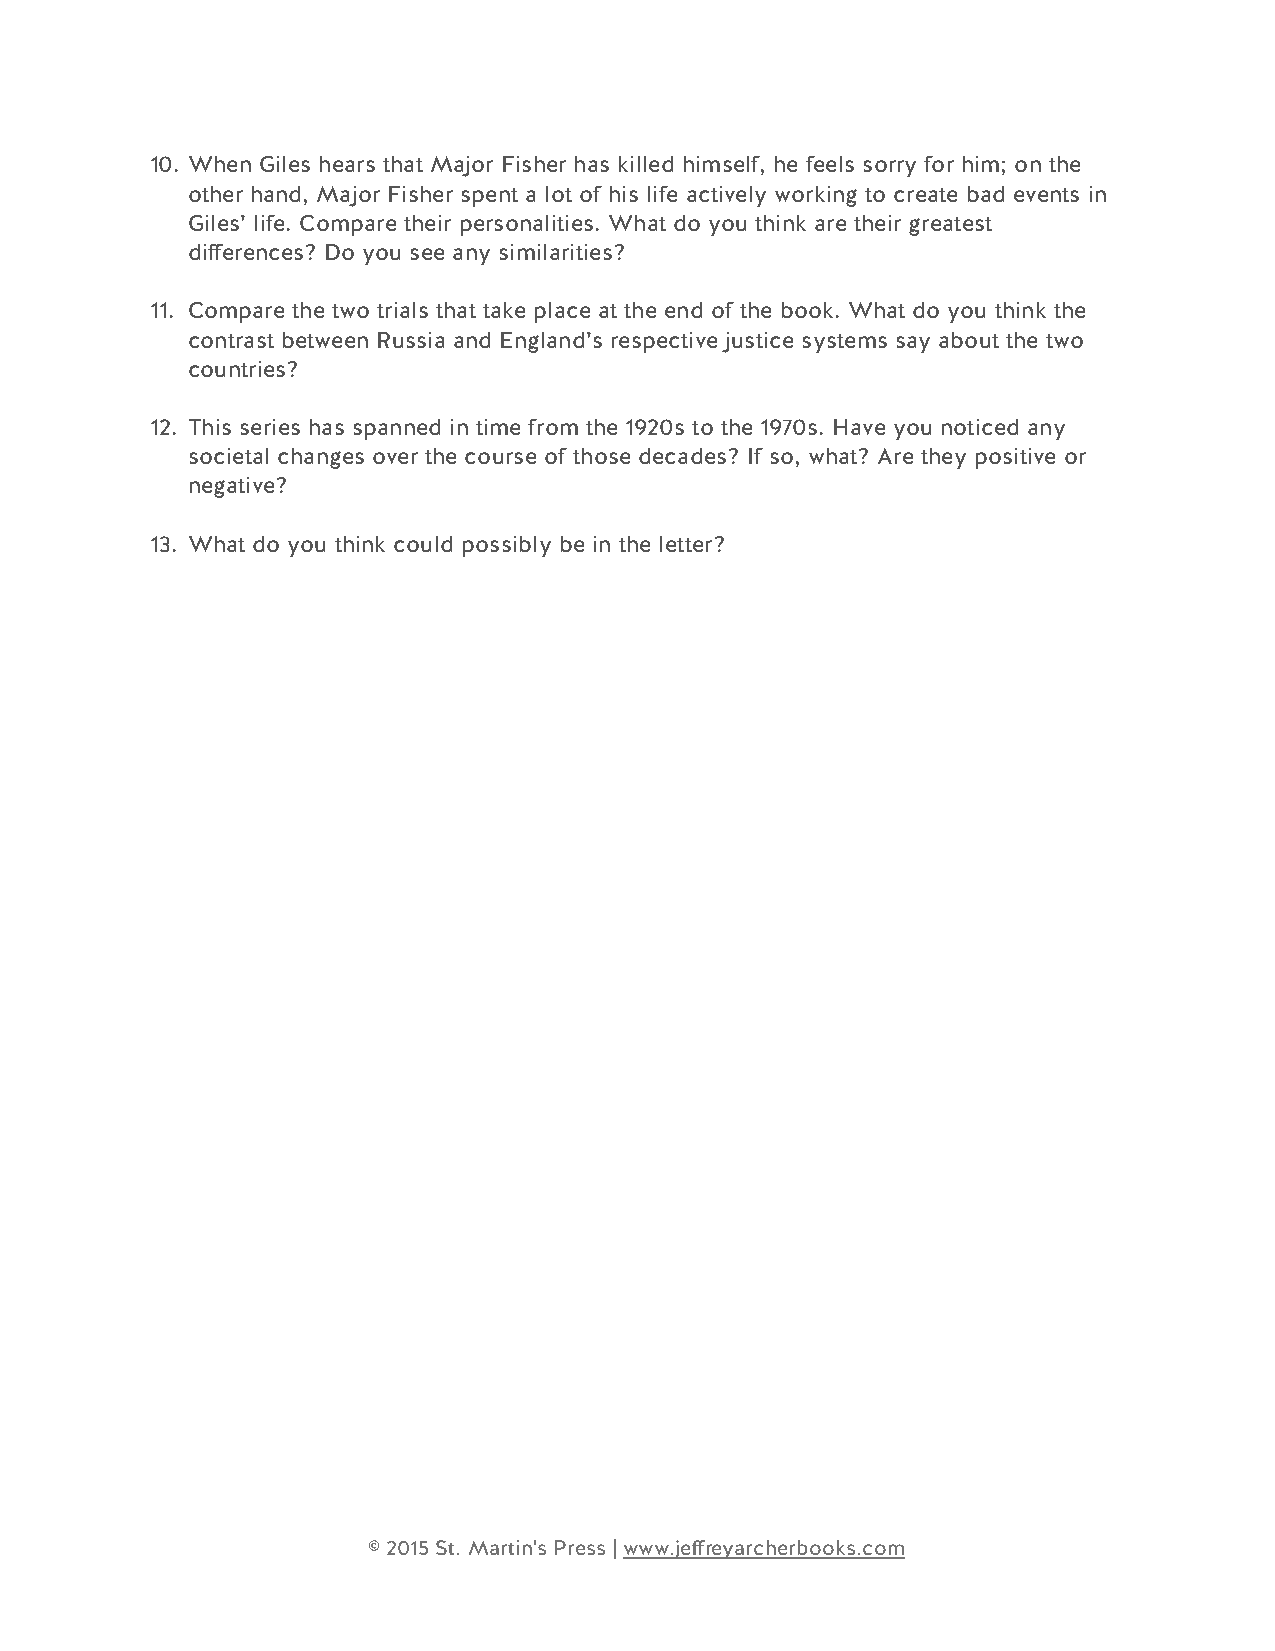
10. When Giles hears that Major Fisher has killed himself, he feels sorry for him; on the
 other hand, Major Fisher spent a lot of his life actively working to create bad events in
 Giles’ life. Compare their personalities. What do you think are their greatest
 ! differences? Do you see any similarities?
 11. Compare the two trials that take place at the end of the book. What do you think the
 contrast between Russia and England’s respective justice systems say about the two
 ! countries?
 12. This series has spanned in time from the 1920s to the 1970s. Have you noticed any
 societal changes over the course of those decades? If so, what? Are they positive or
 ! negative?
 13. What do you think could possibly be in the letter?
 © 2015 St. Martin's Press | www.jeffreyarcherbooks.com